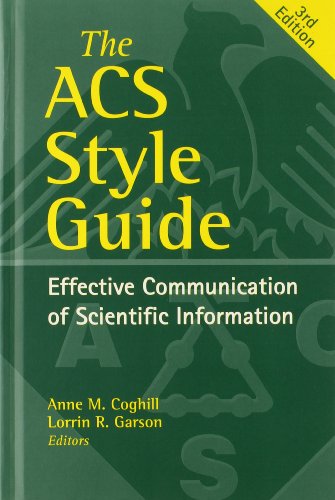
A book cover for The ACS Style Guide: Effective Communication of Scientific Information (An American Chemical Society Publication); Reference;